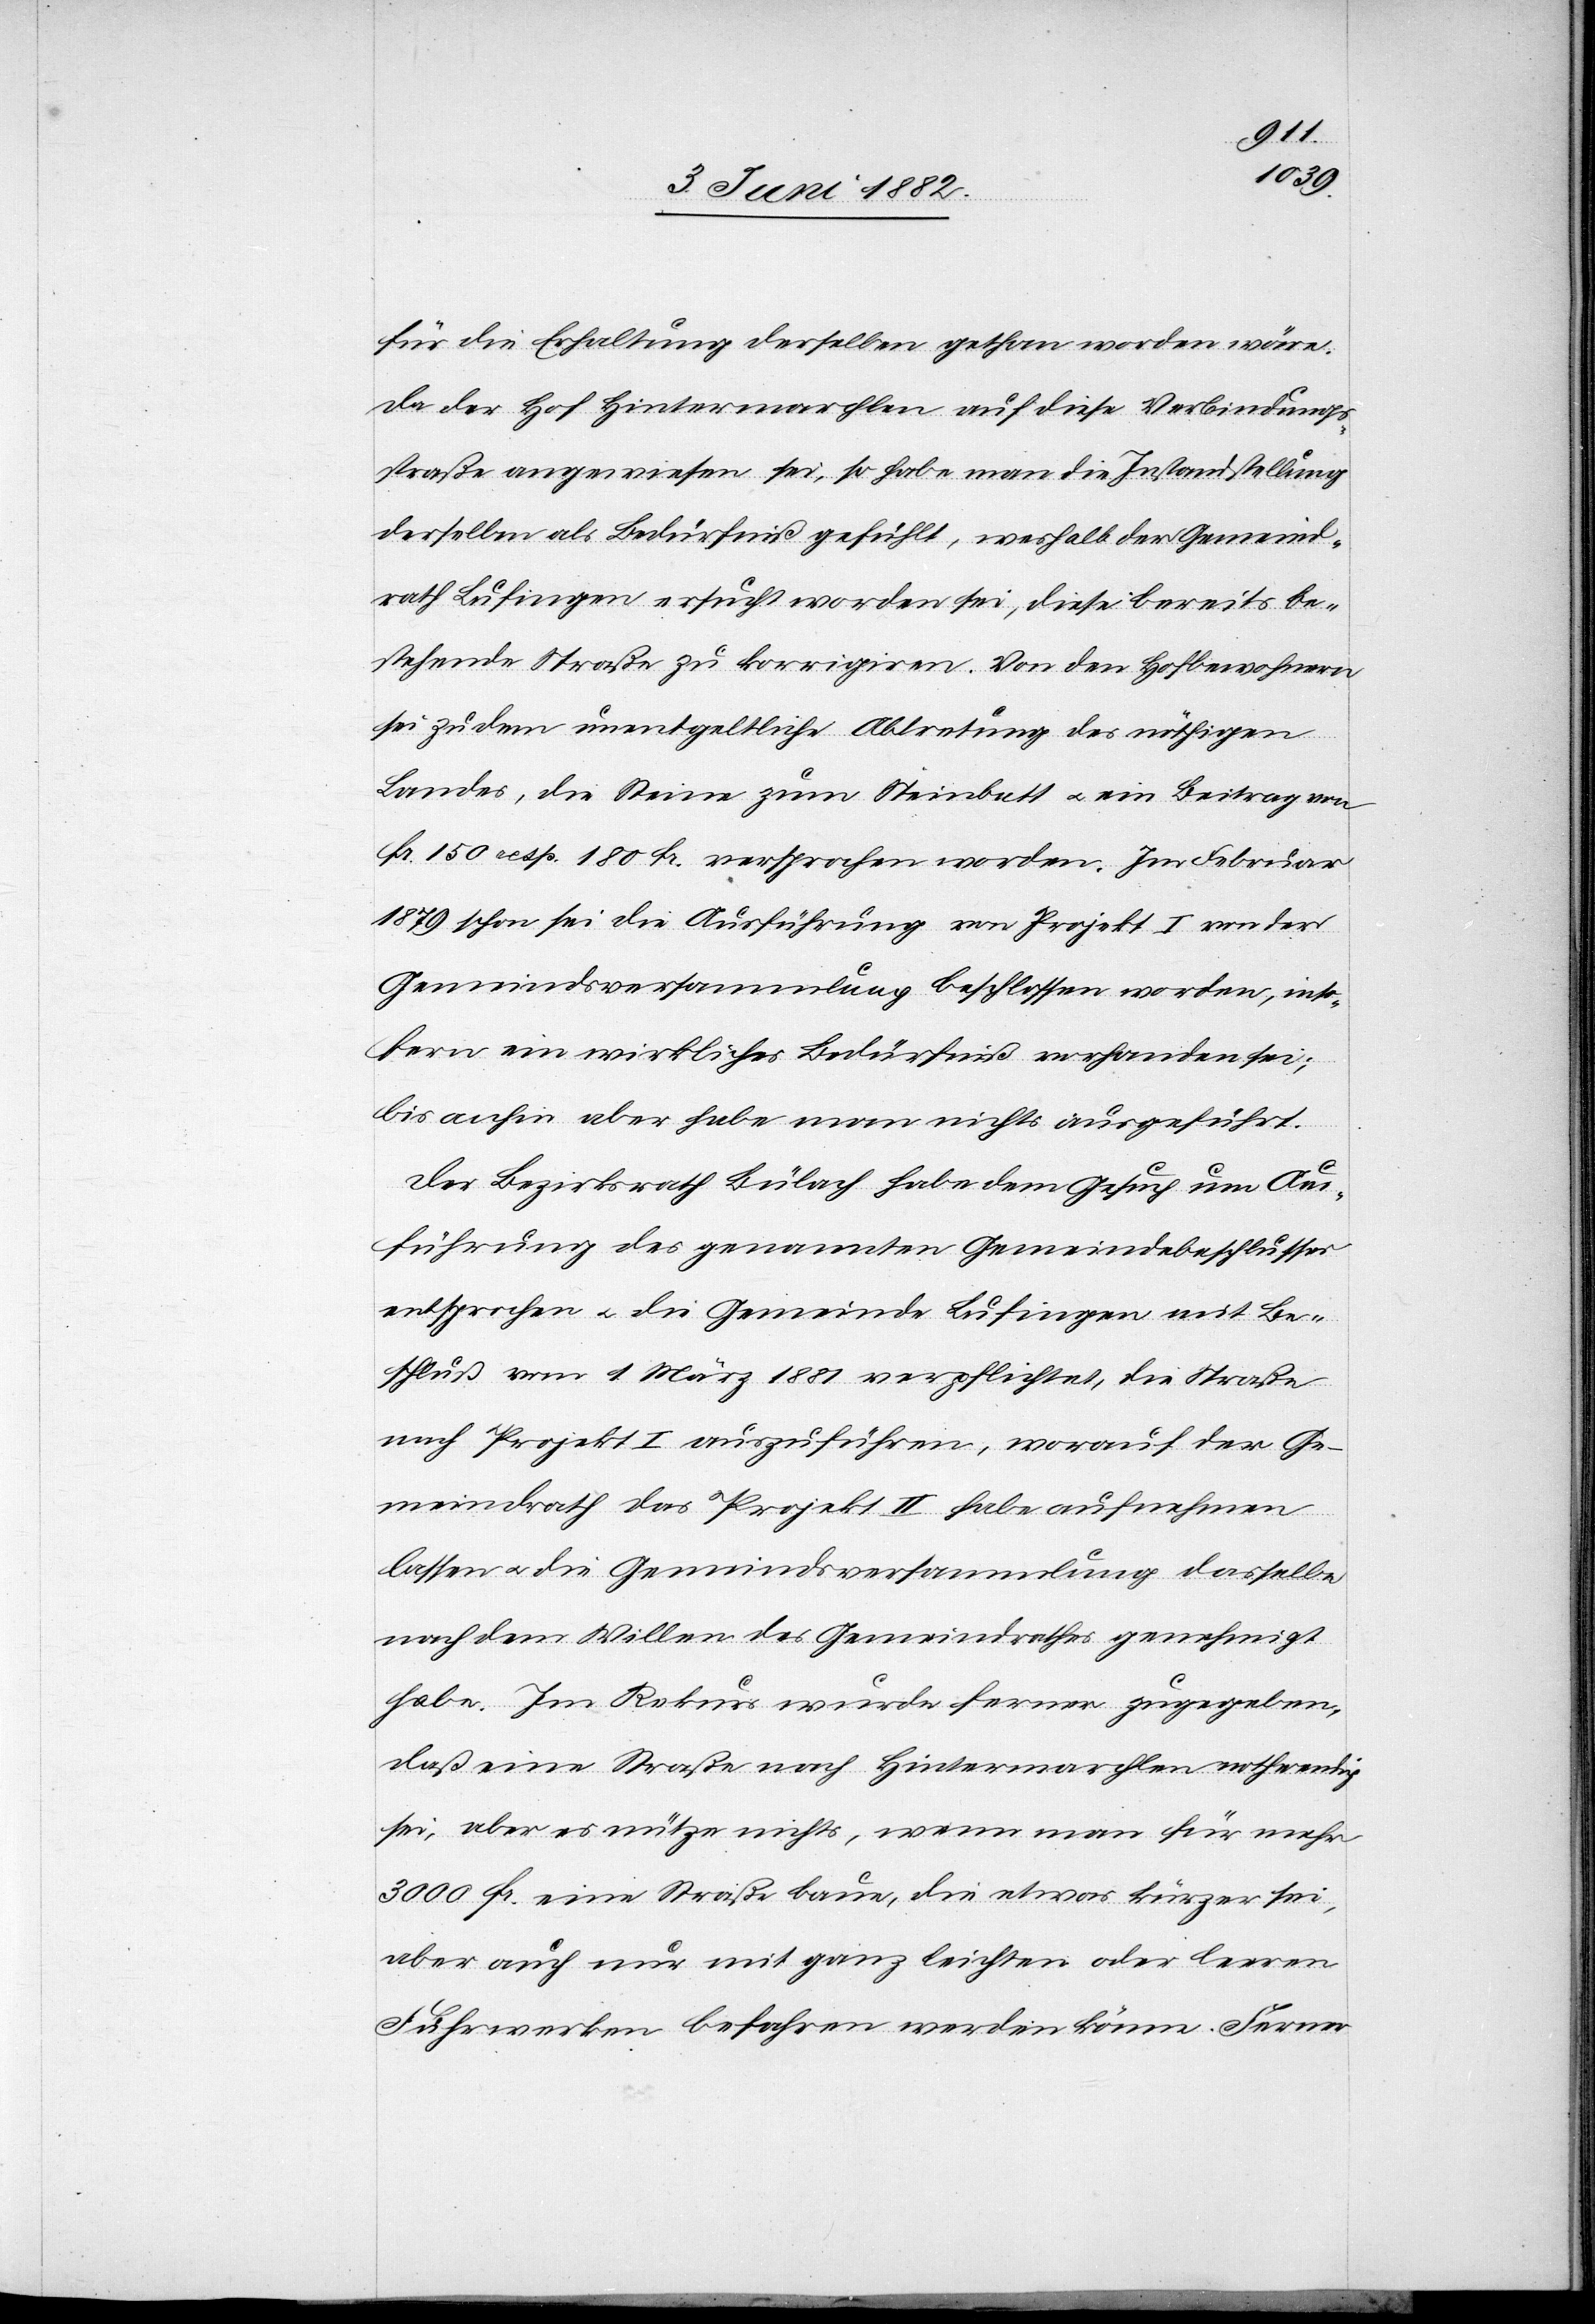
für die Erhaltung derselben gethan worden wäre.
Da der Hof Hintermarchlen auf diese Verbindungs¬
straße angewiesen sei, so habe man die Instandstellung
derselben als Bedürfniß gefühlt, weshalb der Gemeind¬
rath Lufingen ersucht worden sei, diese bereits be¬
stehende Straße zu korrigiren. Von den Hofbewohnern
sei zudem unentgeltliche Abtretung des nöthigen
Landes, die Steine zum Steinbett u. ein Beitrag von
Fr. 150 resp. 180 Fr. versprochen worden. Im Februar
1879 schon sei die Ausführung von Projekt I von der
Gemeindsversammlung beschlossen worden, inso¬
fern ein wirkliches Bedürfniß vorhanden sei;
bis anhin aber habe man nichts ausgeführt.
Der Bezirksrath Bülach habe dem Gesuch um Aus¬
führung des genannten Gemeindebeschlusses
entsprochen u. die Gemeinde Lufingen mit Be¬
schluß vom 1. März 1881 verpflichtet, die Straße
nach Projekt I auszuführen, worauf der Ge¬
meindrath das Projekt II habe aufnehmen
lassen u. die Gemeindeversammlung dasselbe
nach dem Willen des Gemeindrathes genehmigt
habe. Im Rekurs wurde ferner zugegeben,
daß eine Straße nach Hintermarchlen nothwendig
sei, aber es nütze nichts, wenn man für mehr
3000 Fr. eine Straße baue, die etwas kürzer sei,
aber auch nur mit ganz leichten oder leeren
Fuhrwerken befahren werden könne. Ferner